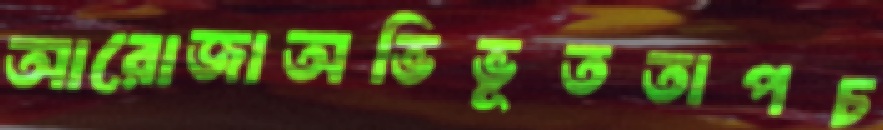
আরোজাঅভিভূততাপচ